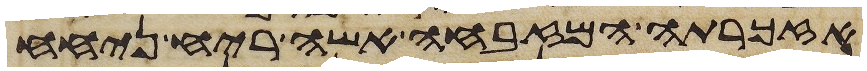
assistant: אזכרתה המזבחה אשה ריח ניחח